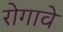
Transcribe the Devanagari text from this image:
रोगावे